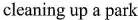
cleaning up a park